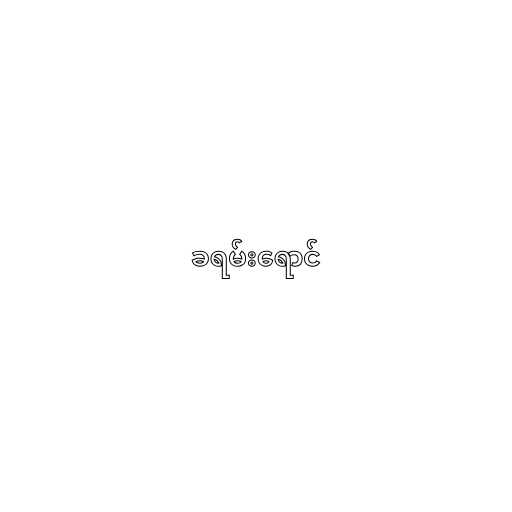
ခရမ်းရောင်